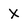
Character: X